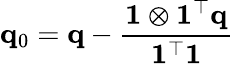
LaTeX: \mathbf{q}_{0}=\mathbf{q}-\frac{\mathbf{1}\otimes\mathbf{1}^{\top}\mathbf{q}}{\mathbf{1}^{\top}\mathbf{1}}